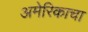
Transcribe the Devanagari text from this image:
अमेरिकाचा